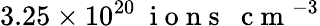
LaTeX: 3.25\times 10^{20}~\mathrm{~i~o~n~s~}~\mathrm{~c~m~}^{-3}